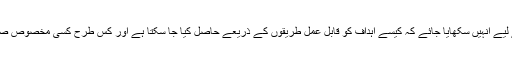
اس صورت حال سے نمٹنے کے لیے انہیں سکھایا جائے کہ کیسے اہداف کو قابل عمل طریقوں کے ذریعے حاصل کیا جا سکتا ہے اور کس طرح کسی مخصوص صورتحال کا سامنا کیا جاسکتا ہے۔